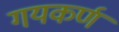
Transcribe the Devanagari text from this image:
गयकर्ण